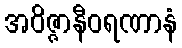
အဝိဇ္ဇာနီဝရဏာနံ